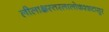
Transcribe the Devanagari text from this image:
लीलाक्षस्तरलालोकश्शटासुर